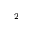
^ { - 2 }